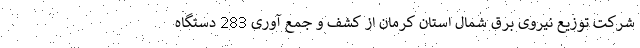
شرکت توزیع نیروی برق شمال استان کرمان از کشف و جمع آوری 283 دستگاه